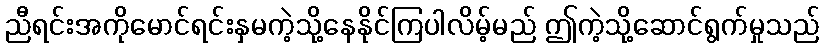
ညီရင်းအကိုမောင်ရင်းနှမကဲ့သို့နေနိုင်ကြပါလိမ့်မည် ဤကဲ့သို့ဆောင်ရွက်မှုသည်